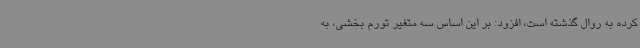
کرده به روال گذشته است، افزود: بر این اساس سه متغیر تورم بخشی، به